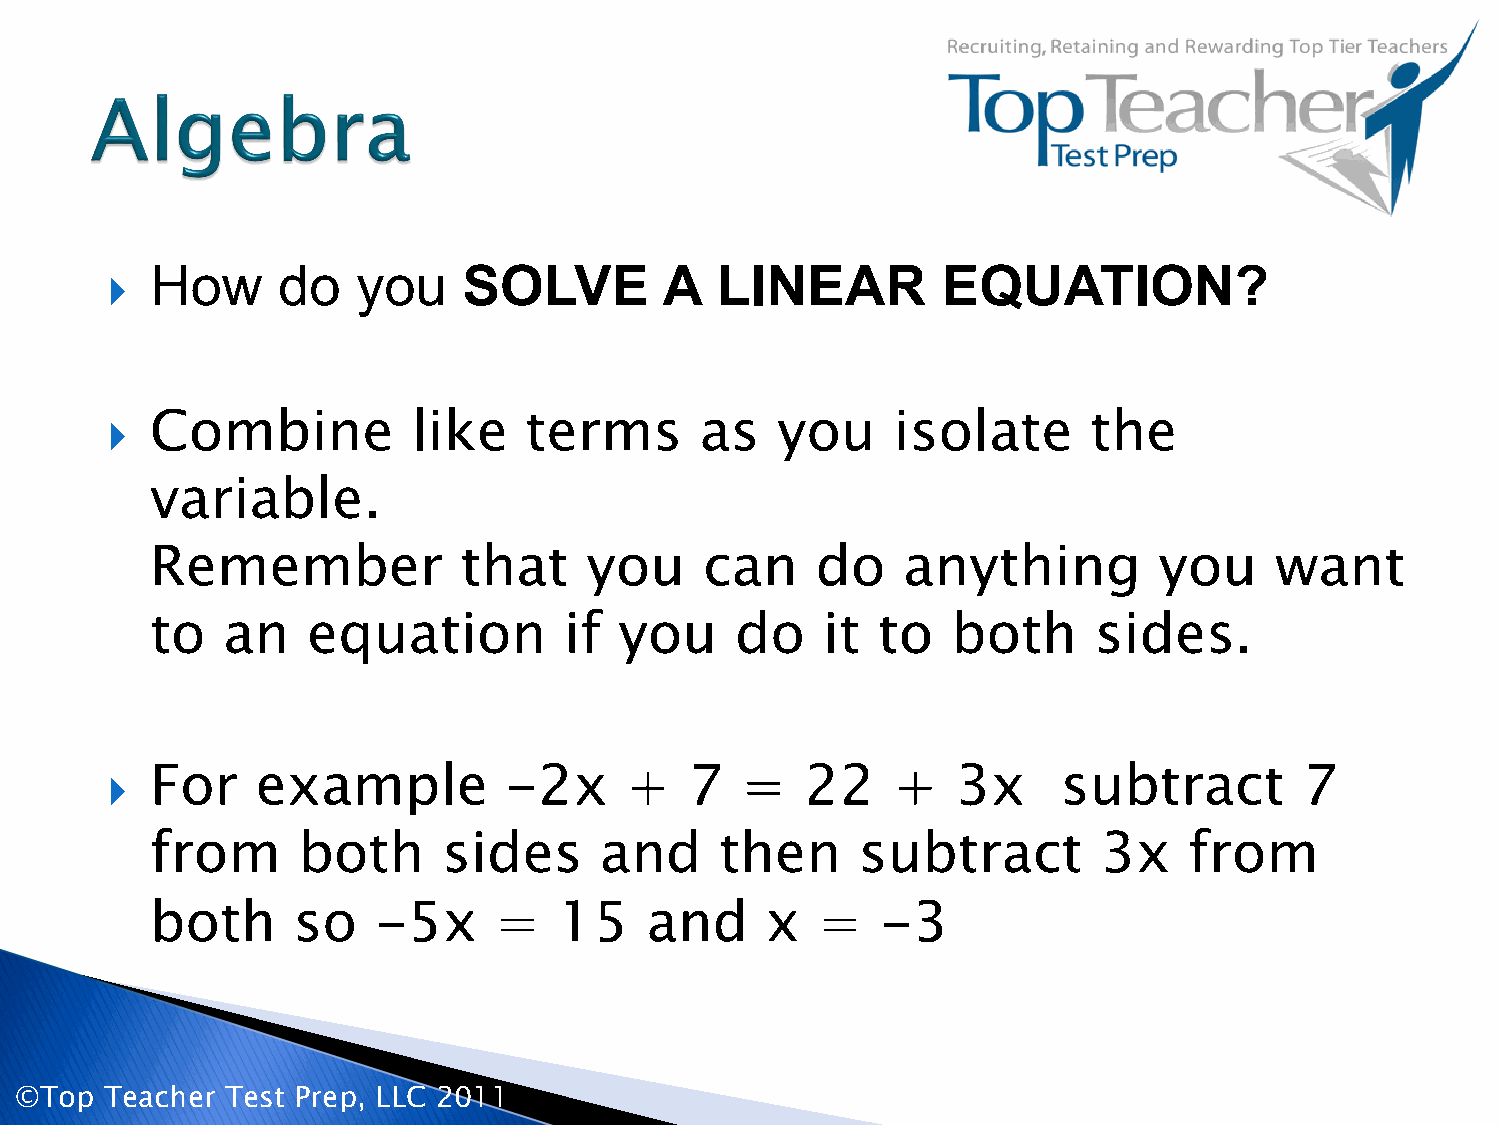
  How     do    you    SOLVE        A  LINEAR         EQUATION?
   Combine          like    terms      as   you     isolate      the
 variable.
 Remember            that     you     can    do    anything         you    want
 to   an   equation         if  you     do   it  to   both     sides.
   For    example         -2x     +    7  =   22    +   3x     subtract        7
 from      both     sides      and     then     subtract        3x    from
 both     so    -5x     =   15    and     x  =   -3
 ©Top  Teacher Test Prep, LLC 2011